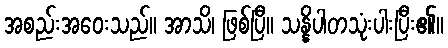
အစည်းအဝေးသည်။ အာသိ၊ ဖြစ်ပြီ။ သန္နိပါတသုံးပါးပြီး၏။